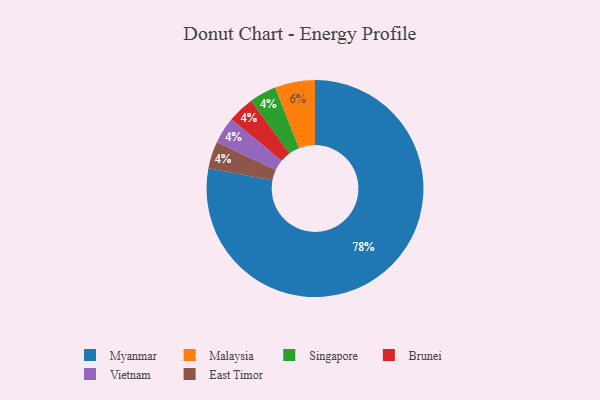
{"axis": {"x": "Category", "y": "Percentage"}, "legend": ["Brunei", "East Timor", "Malaysia", "Myanmar", "Singapore", "Vietnam"], "data": [{"x": "Malaysia", "y": 6, "type": "Malaysia"}, {"x": "Singapore", "y": 4, "type": "Singapore"}, {"x": "Brunei", "y": 4, "type": "Brunei"}, {"x": "Vietnam", "y": 4, "type": "Vietnam"}, {"x": "East Timor", "y": 4, "type": "East Timor"}, {"x": "Myanmar", "y": 78, "type": "Myanmar"}]}